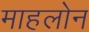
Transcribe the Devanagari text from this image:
माहलोन